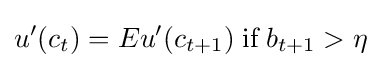
u'(c_{t})=Eu'(c_{t+1})\;{\textrm {if}}\;b_{t+1}>\eta